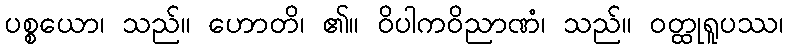
ပစ္စယော၊ သည်။ ဟောတိ၊ ၏။ ဝိပါကဝိညာဏံ၊ သည်။ ဝတ္ထုရူပဿ၊